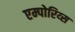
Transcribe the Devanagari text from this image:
एम्पोरिय्स